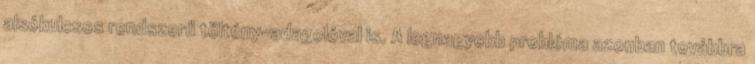
alsókulcsos rendszerű töltény-adagolóval is. A legnagyobb probléma azonban továbbra